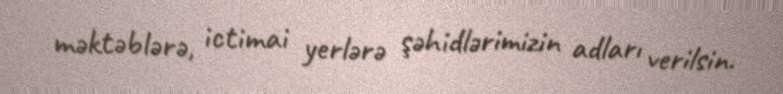
məktəblərə, ictimai yerlərə şəhidlərimizin adları verilsin.